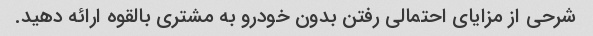
شرحی از مزایای احتمالی رفتن بدون خودرو به مشتری بالقوه ارائه دهید.